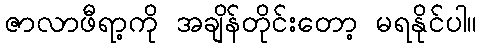
ဇာလာဖီရာ့ကို အချိန်တိုင်းတော့ မရနိုင်ပါ။